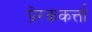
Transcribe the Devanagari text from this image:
प्रेरककर्त्ता